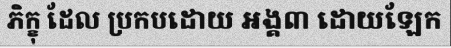
ភិក្ខុ ដែល ប្រកបដោយ អង្គ៣ ដោយឡែក